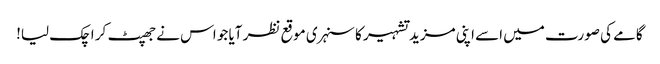
گامے کی صورت میں اسے اپنی مزید تشہیر کا سنہری موقع نظر آیا جو اس نے جھپٹ کر اچک لیا!